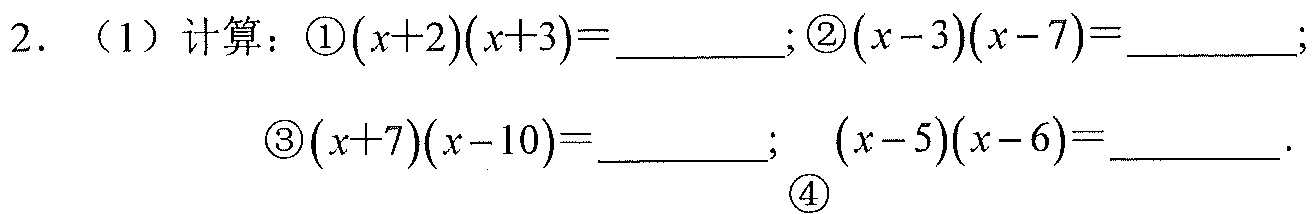
2. （1）计算：\textcircled{1}\((x + 2)(x + 3)=\underline{\quad\quad}\); \textcircled{2}\((x - 3)(x - 7)=\underline{\quad\quad}\);
\textcircled{3}\((x + 7)(x - 10)=\underline{\quad\quad}\); \textcircled{4}\((x - 5)(x - 6)=\underline{\quad\quad}\).